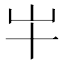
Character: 𫵱